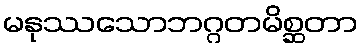
မနုဿသောဘဂ္ဂတမိစ္ဆတာ